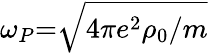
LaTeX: \omega_{P}{=}\sqrt{4\pi e^{2}\rho_{0}/m}